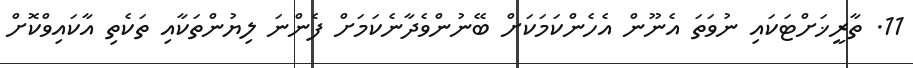
11. ތާރީޚަށްޓަކައި ނުވަތަ އެނޫން އެހެންކަމަކަށް ބޭނުންވެދާނެކަމަށް ފެންނަ ލިޔުންތަކާއި ތަކެތި އާކައިވްކޮށް